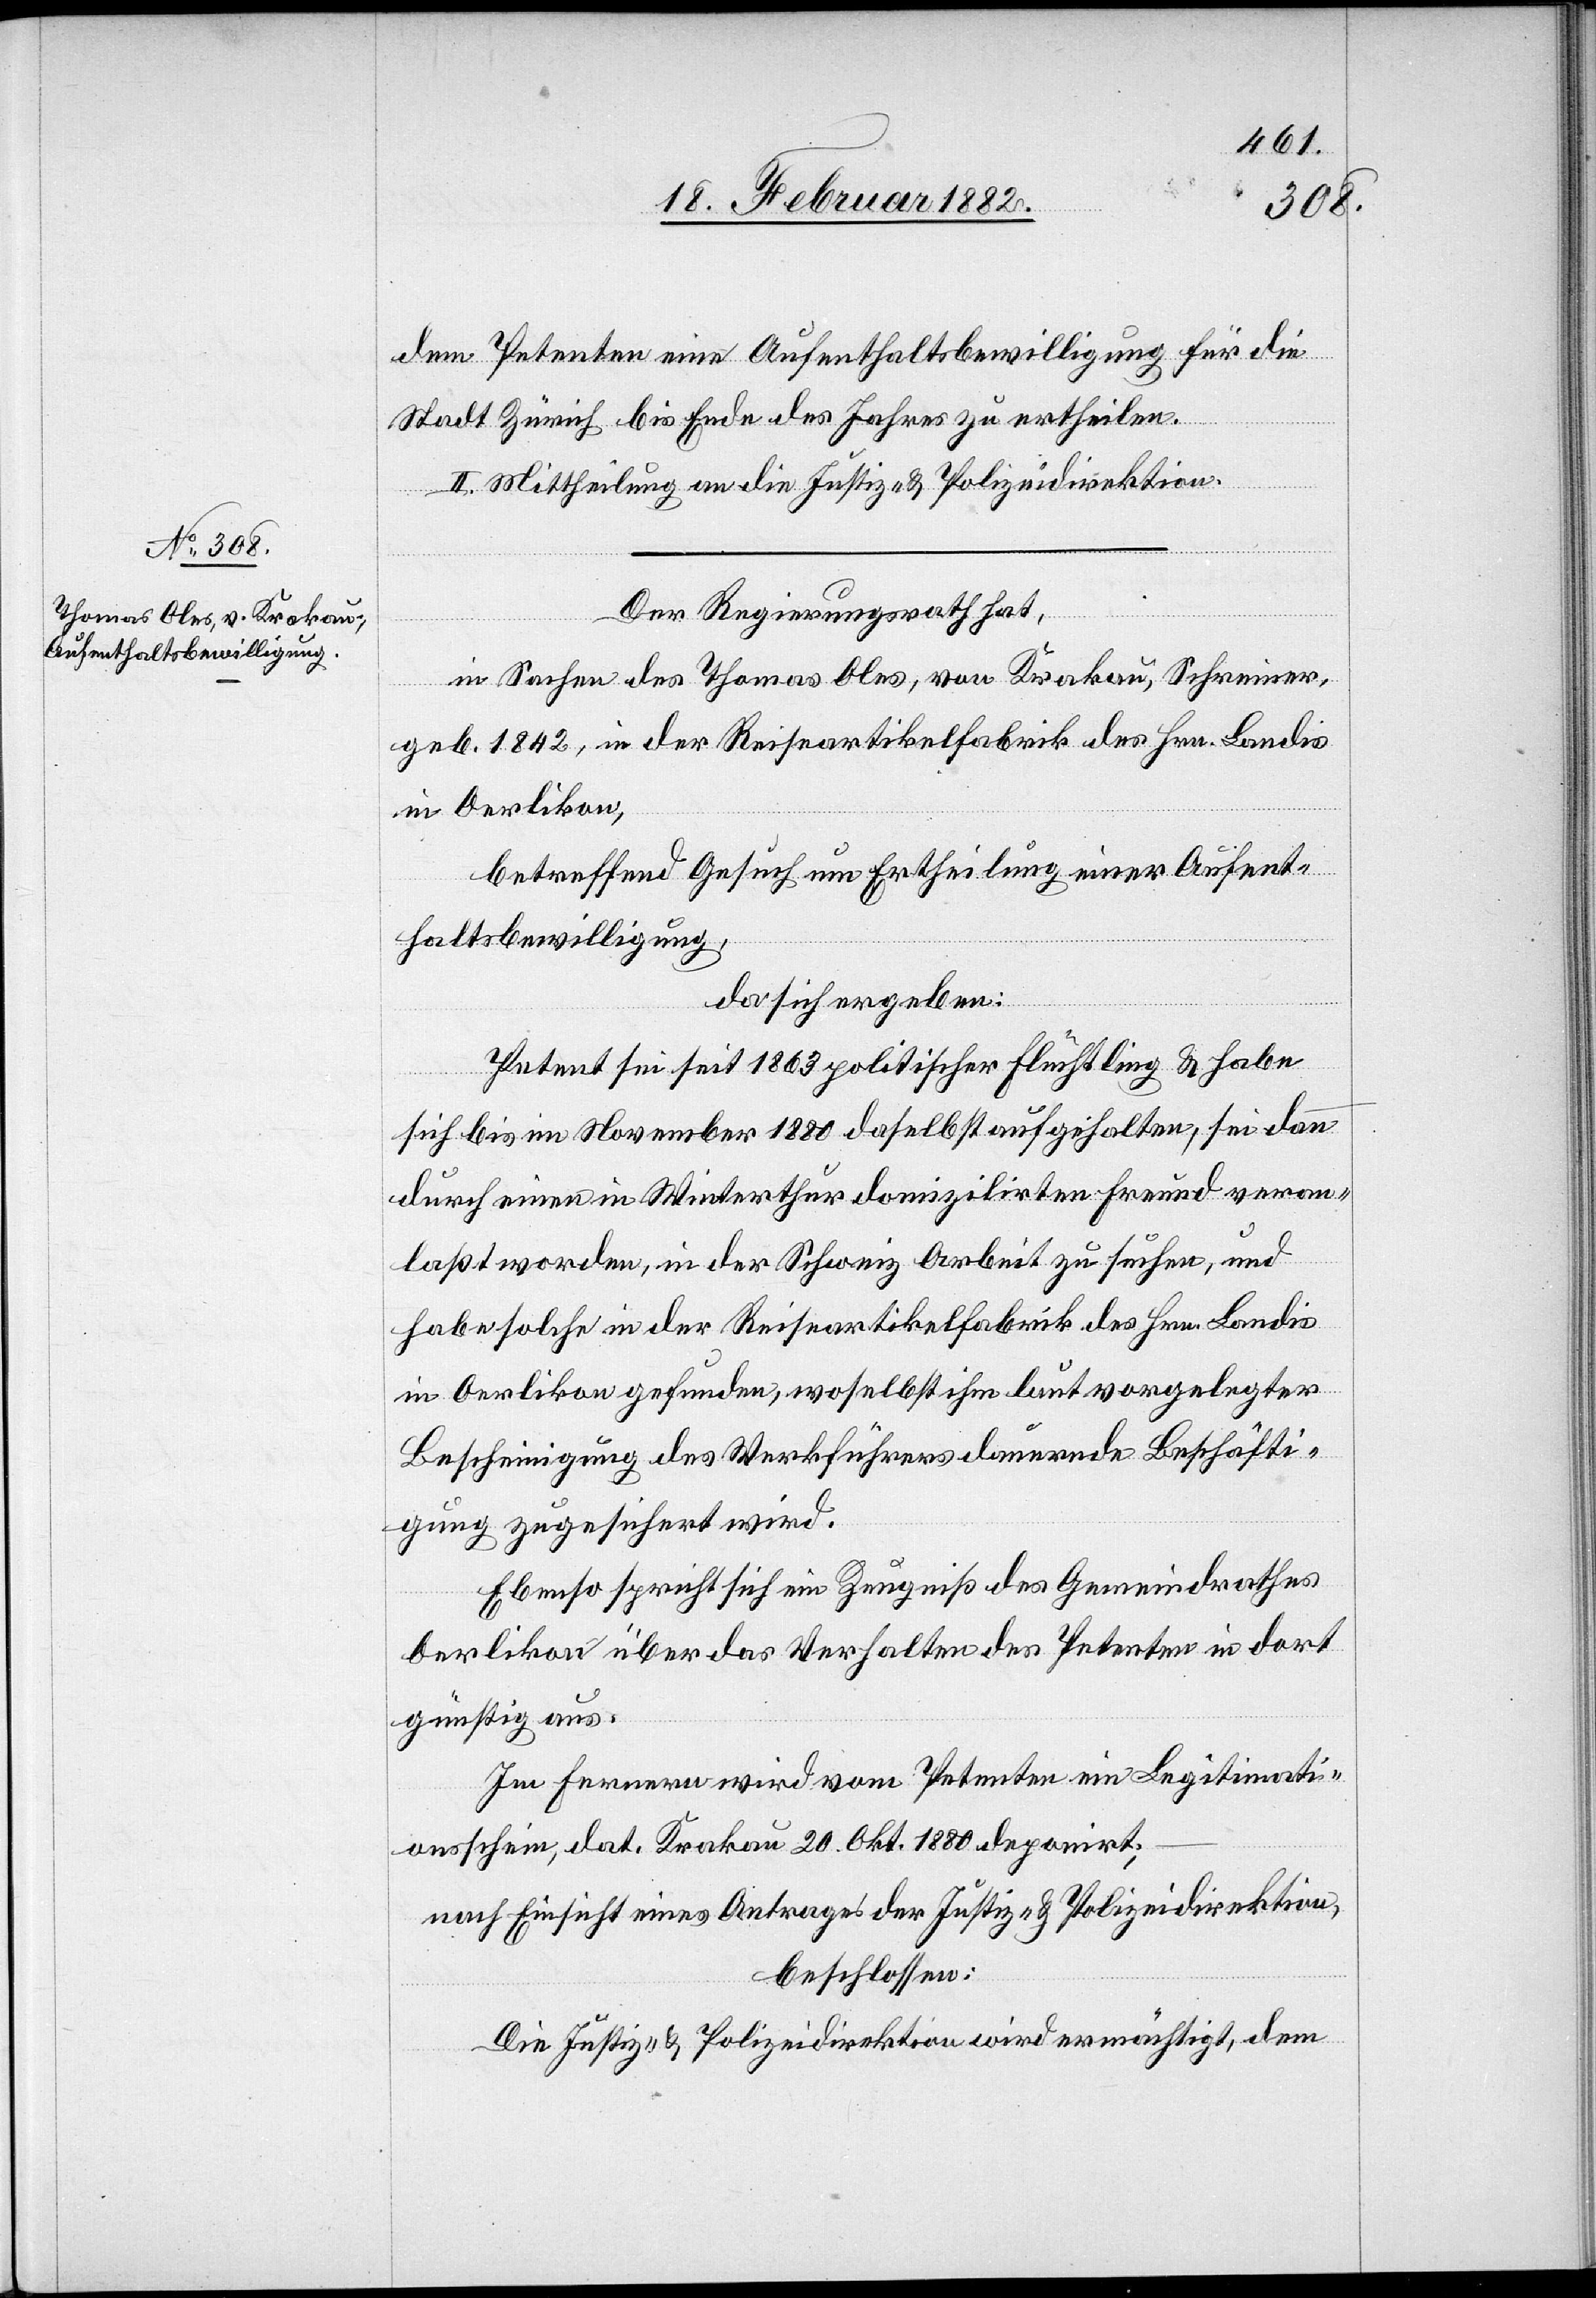
dem Petenten eine Aufenthaltsbewilligung für die
Stadt Zürich bis Ende des Jahres zu ertheilen.
II. Mittheilung an die Justiz- & Polizeidirektion.
Der Regierungsrath hat,
in Sachen des Thomas Oles, von Krakau, Schreiner,
geb. 1842, in der Reiseartikelfabrik des Hrn. Landis
in Oerlikon,
betreffend Gesuch um Ertheilung einer Aufent¬
haltsbewilligung,
da sich ergeben:
Petent sei seit 1863 politischer Flüchtling & habe
sich bis im November 1880 daselbst aufgehalten, sei dann
durch einen in Winterthur domizilirten Freund veran¬
laßt worden, in der Schweiz Arbeit zu suchen, und
habe solche in der Reiseartikelfabrik des Hrn. Landis
in Oerlikon gefunden, woselbst ihm laut vorgelegter
Bescheinigung des Werkführers dauernde Beschäfti¬
gung zugesichert wird.
Ebenso spricht sich ein Zeugniß des Gemeindrathes
Oerlikon über das Verhalten des Petenten in dort
günstig aus.
Im ferneren wird vom Petenten ein Legitimati¬
onsschein, dat. Krakau 20. Okt. 1880 deponirt;–
nach Einsicht eines Antrages der Justiz- & Polizeidirektion,
beschlossen:
Die Justiz- & Polizeidirektion wird ermächtigt, dem